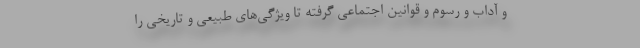
و آداب و رسوم و قوانین اجتماعی گرفته تا ویژگی‌های طبیعی و تاریخی را